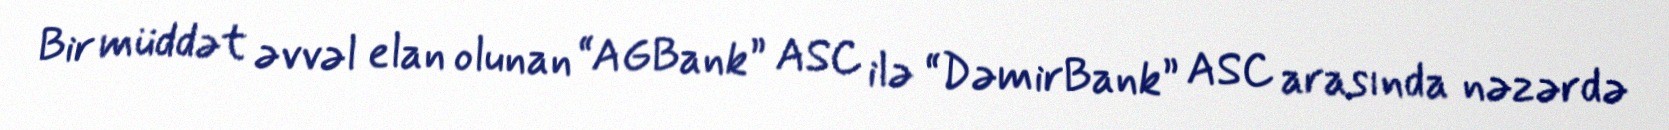
Bir müddət əvvəl elan olunan “AGBank” ASC ilə “DəmirBank” ASC arasında nəzərdə